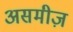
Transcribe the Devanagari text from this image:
असमीज़